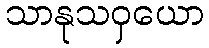
သာနုသဝှယော